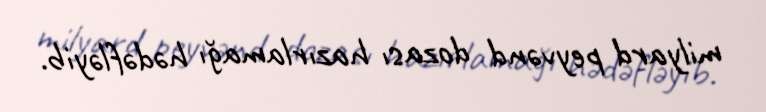
milyard peyvənd dozası hazırlamağı hədəfləyib.